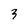
Character: 3